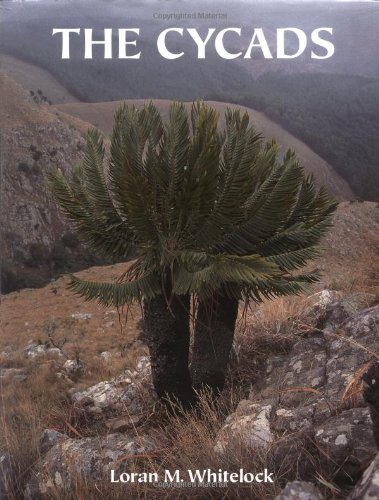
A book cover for The Cycads; Loran M. Whitelock; Crafts, Hobbies & Home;